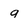
Character: 9